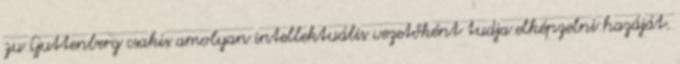
zu Guttenberg csakis amolyan intellektuális vezetőként tudja elképzelni hazáját.